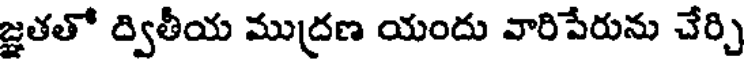
జ్ఞతతో ద్వితీయ ముద్రణ యందు వారిపేరును చేర్చి